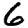
Digit: 6